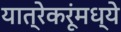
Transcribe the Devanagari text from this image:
यात्रेकरूंमध्ये